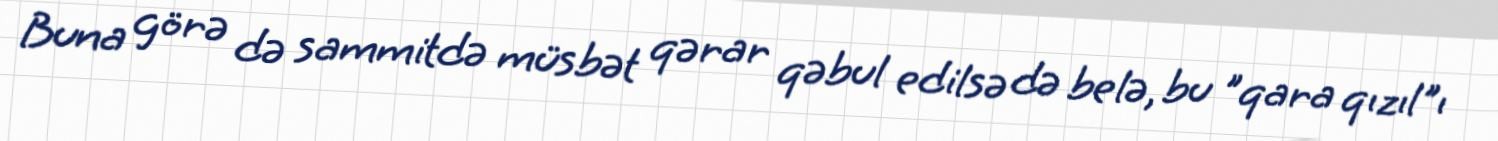
Buna görə də sammitdə müsbət qərar qəbul edilsə də belə, bu "qara qızıl"ı